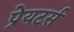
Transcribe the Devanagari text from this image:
प्रेयटर्स